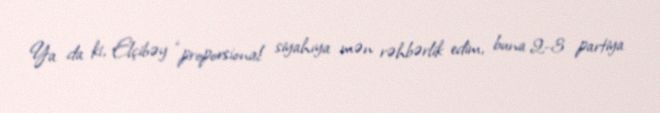
Ya da ki, Elçibəy “proporsional siyahıya mən rəhbərlik edim, buna 2-3 partiya